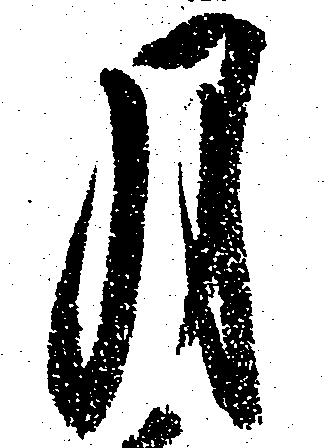
月